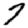
Digit: 7